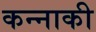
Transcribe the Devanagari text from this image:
कन्नाकी